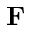
{ \bf F }